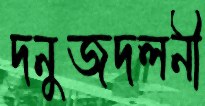
দনুজদলনী